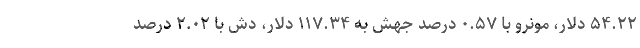
۵۴.۲۲ دلار، مونرو با ۰.۵۷ درصد جهش به ۱۱۷.۳۴ دلار، دش با ۲.۰۲ درصد